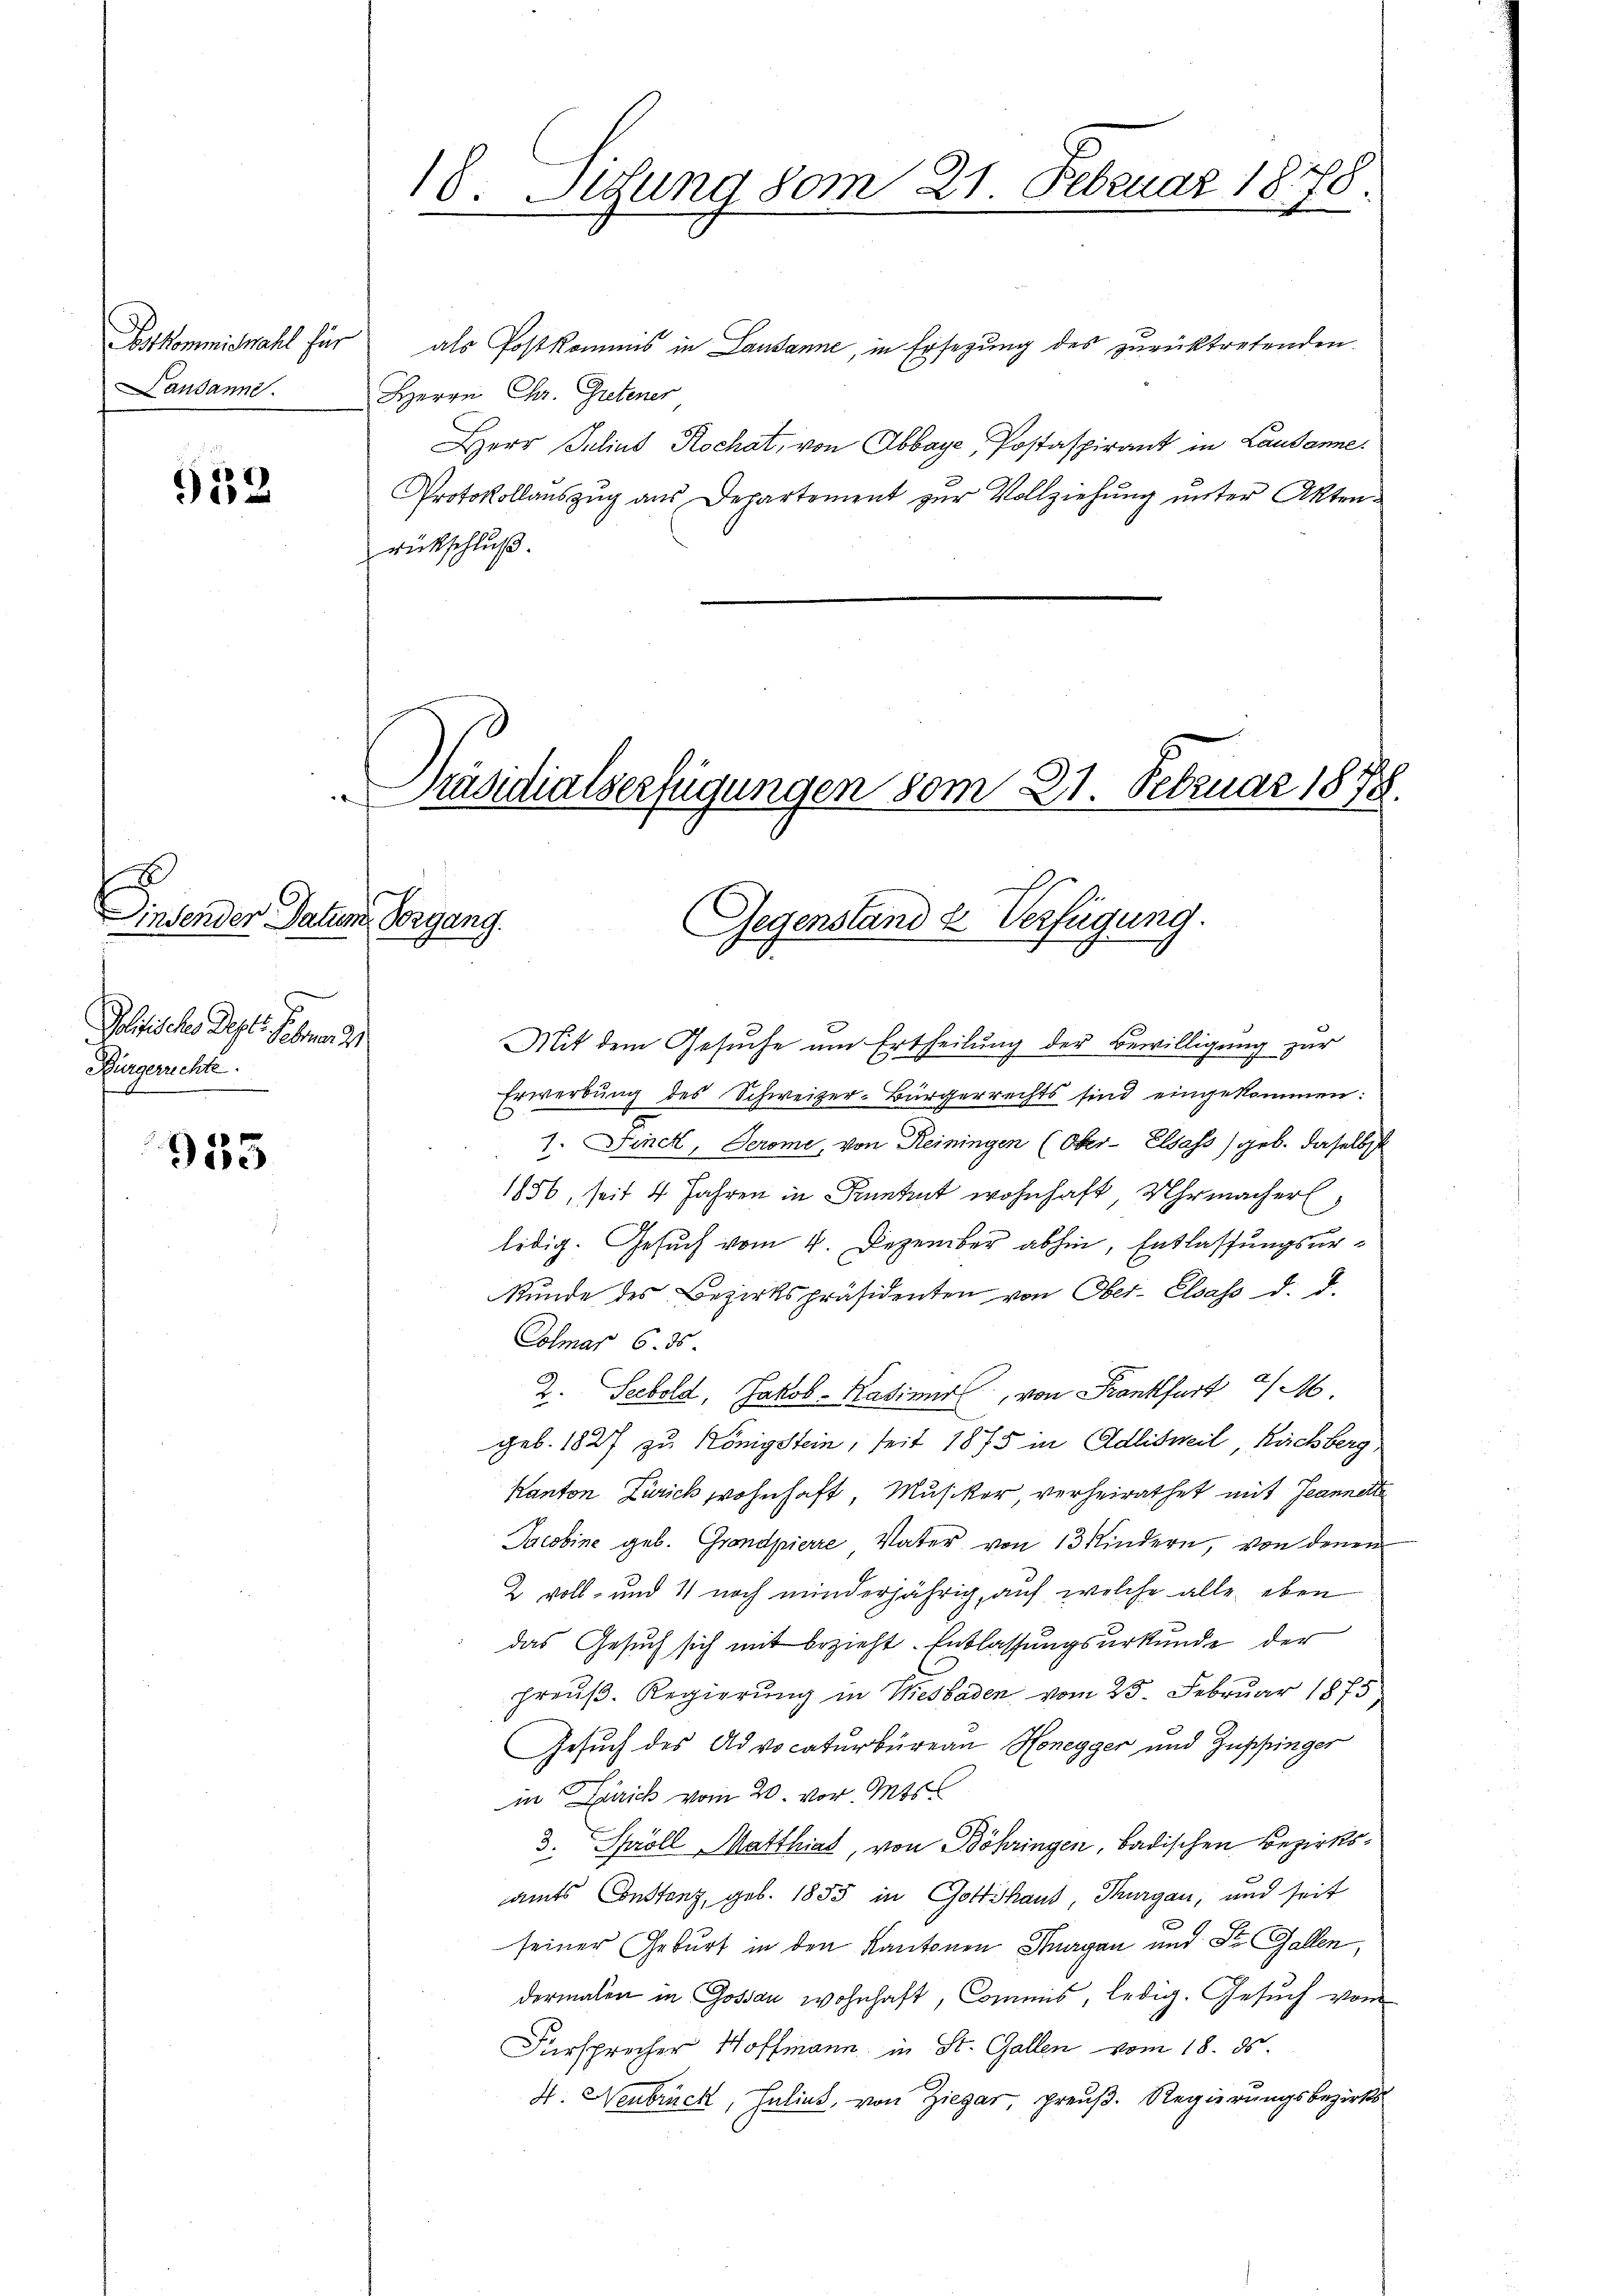
Bstkommiswahl für
Landann

952

.

xx
2.
Politisches Depts gebenen 21
Bürgerreichte.

953

als Postkommis in Lausanne, in Ersezung des zurücktretenden
Herrn Chr. Gretener
Herr Julius Rochat, von Abbaye, Postaspirant in Lausanne.
Protokollaŭszŭg aŭs Departement zŭr Vollziehŭng ŭnter Akten-
rückschluß.

Dinsender Datum, Vorgang.

18. Setzung vom 21. Februar 1878.

asidialserfügungen vom 21. Februar 1878.

Mit dem Gesuche um Ertheilung der Bewilligung zur
Erwerbŭng des Schweizer-Bürgerrechts sind eingekommen:
1. Finck, Jerome, von Reiningen (Ober- Elsass) geb. daselbst
1856, seit 4 Jahren in Knetent wohnhaft Uhrmacher,
lidig. Gesuch vom 4. Dezember abhin, Entlassungsur¬
Stŭnde des Bezirkspräsidenten von Ober-Elsass d. d.
Colmar 6. 15
2. Seebold, Jakob-Hadiner, von Frankfurt a/M
geb. 1827 zu Königstein, seit 1875 in Adlisweil, Ruchberg
Kanton Zürich wohnhaft, Musiker verheirathet mit Jeannert
Jacobine geb. Grondpierre Vater von 13 Kindern, von denen
2 voll- und 11 noch minderjährig, auf welche alle eben
das Gesuch sich mit bezieht. Entlassungsurkunde der
preuß. Regierung in Wiesbaden vom 25. Februar 1875
Gesuch des Advocaturbüreau Honegger und Zuppinger
in Zürich vom 20. vor. Mts
3. Spröll Matthias, von Böhringen, badischen Bezirksamts Constanz, geb. 1855 in Gottshaus, Thurgau, und seit
seiner Geburt in den Kantonen Thurgau und St. Gallen,
dermalen in Gossau wohnhaft, Commis, ledig. Gesuch vom
Fürsprecher Hoffmann in St. Gallen vom 18. ds.
H. Neubruck, Hulins, von Ziegar, preuß. Regierungsbezirks-

Gegenstand & Verfügung.